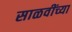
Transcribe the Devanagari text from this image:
साळवींच्या